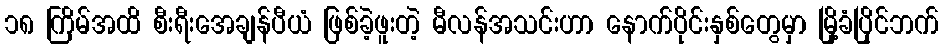
၁၈ ကြိမ်အထိ စီးရီးအေချန်ပီယံ ဖြစ်ခဲ့ဖူးတဲ့ မီလန်အသင်းဟာ နောက်ပိုင်းနှစ်တွေမှာ မြို့ခံပြိုင်ဘက်